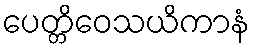
ပေတ္တိဝေသယိကာနံ